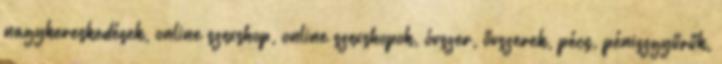
nagykereskedések, online szexshop, online szexshopok, óvszer, ővszerek, pécs, péniszgyűrűk,